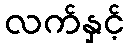
လက်နှင့်